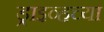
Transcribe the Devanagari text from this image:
ड्राइव्हच्या